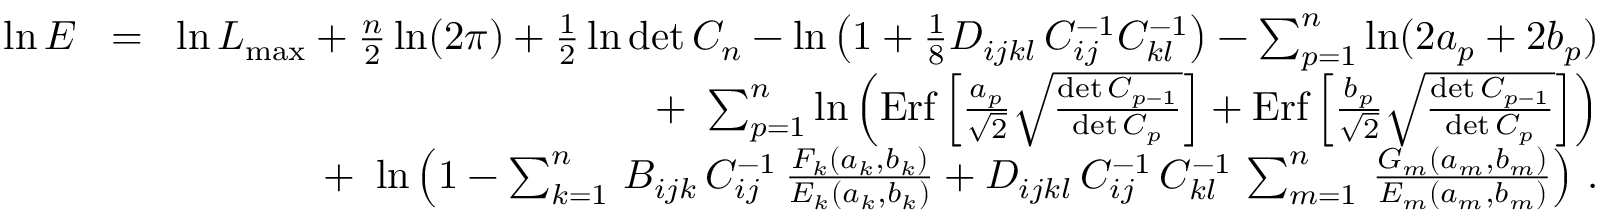
\begin{array} { r l r } { \ln E } & { \! = \! } & { \ln { \cal L } _ { \mathrm { m a x } } + { \frac { n } { 2 } } \ln ( 2 \pi ) + { \frac { 1 } { 2 } } \ln \operatorname* { d e t } C _ { n } - \ln \left( 1 + { \frac { 1 } { 8 } } D _ { i j k l } \, C _ { i j } ^ { - 1 } C _ { k l } ^ { - 1 } \right) - \sum _ { p = 1 } ^ { n } \ln ( 2 a _ { p } + 2 b _ { p } ) } \\ & { } & { + \ \sum _ { p = 1 } ^ { n } \ln \left( \mathrm { E r f } \left[ { \frac { a _ { p } } { \sqrt 2 } } \sqrt { \frac { \operatorname* { d e t } C _ { p - 1 } } { \operatorname* { d e t } C _ { p } } } \right] + \mathrm { E r f } \left[ { \frac { b _ { p } } { \sqrt 2 } } \sqrt { \frac { \operatorname* { d e t } C _ { p - 1 } } { \operatorname* { d e t } C _ { p } } } \right] \right) } \\ & { } & { + \ \ln \left( 1 - \sum _ { k = 1 } ^ { n } \, B _ { i j k } \, C _ { i j } ^ { - 1 } \, { \frac { F _ { k } ( a _ { k } , b _ { k } ) } { E _ { k } ( a _ { k } , b _ { k } ) } } + D _ { i j k l } \, C _ { i j } ^ { - 1 } \, C _ { k l } ^ { - 1 } \, \sum _ { m = 1 } ^ { n } \, { \frac { G _ { m } ( a _ { m } , b _ { m } ) } { E _ { m } ( a _ { m } , b _ { m } ) } } \right) \, . } \end{array}